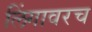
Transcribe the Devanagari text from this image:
लिंगावरच